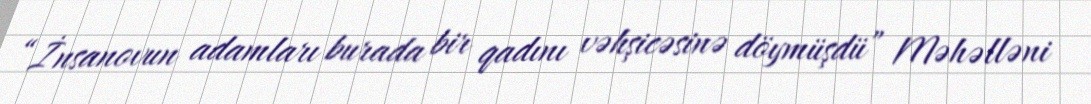
“İnsanovun adamları burada bir qadını vəhşicəsinə döymüşdü” Məhəlləni